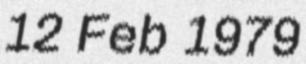
12 Feb 1979